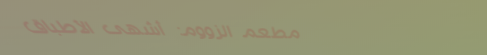
مطعم الزووم: أشهى الأطباق